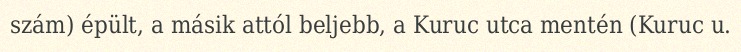
szám) épült, a másik attól beljebb, a Kuruc utca mentén (Kuruc u.